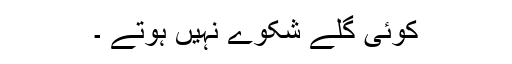
کوئی گلے شکوے نہیں ہوتے ۔